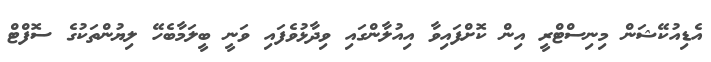
އެޑިއުކޭޝަން މިނިސްޓްރީ އިން ކޮށްފައިވާ އިއުލާންގައި ވިދާޅުވެފައި ވަނީ ބީލަމާބެހޭ ލިޔުންތަކުގެ ސޮފްޓް